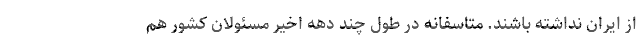
از ایران نداشته باشند. متاسفانه در طول چند دهه اخیر مسئولان کشور هم